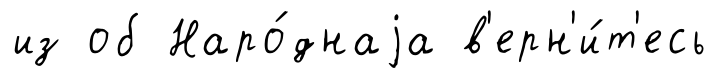
из об Наро́днаjа в'ерн'и́т'есь